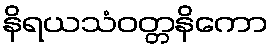
နိရယသံဝတ္တနိကော